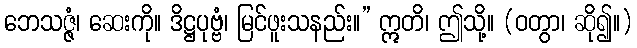
ဘေသဇ္ဇံ၊ ဆေးကို။ ဒိဋ္ဌပုဗ္ဗံ၊ မြင်ဖူးသနည်း။” ဣတိ၊ ဤသို့။ (ဝတွာ၊ ဆို၍။)